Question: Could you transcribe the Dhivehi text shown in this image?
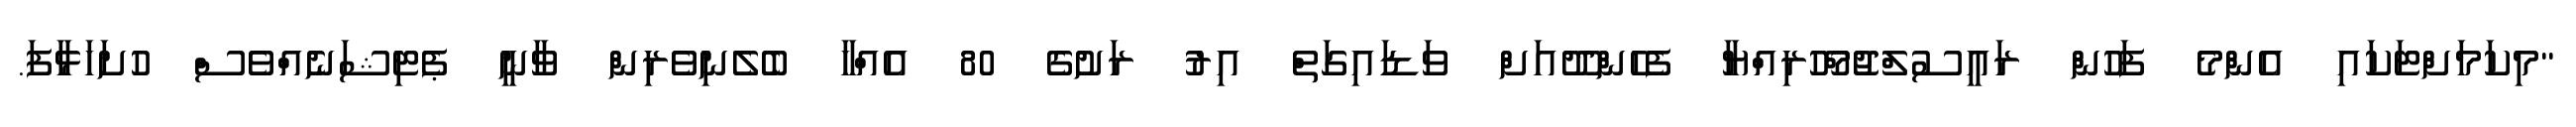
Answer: "މިކަމަށްޓަކައި އެންމެ ފަހުން ރައީސުލްޖުމްހޫރިއްޔާ ފެހެންދޫއަށް ވަޑައިގަތް އިރު ރަށުގެ 80 އެއްހާ ބެލެނިވެރިން ވާނީ ޕެޓިޝަނެއްވެސް ހުށަހަޅާފަ.